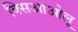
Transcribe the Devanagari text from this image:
क्सिआओलू